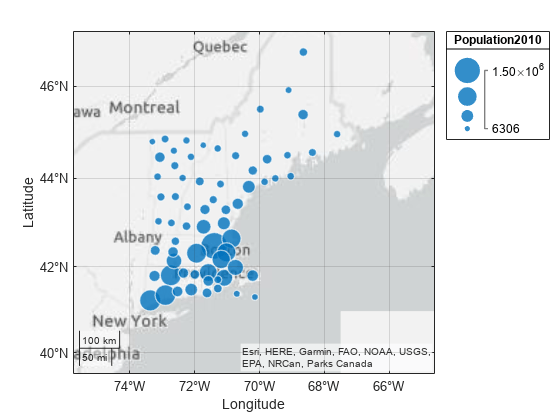
matlab, geobubble